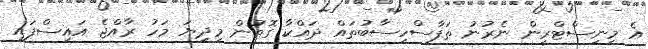
އެ މިނިސްޓްރީން ނެރުނު ތަފާސްހިސާބުތައް ދައްކާ ގޮތުން މިދިޔަ މަހު ރާއްޖެ އައިސްފައި